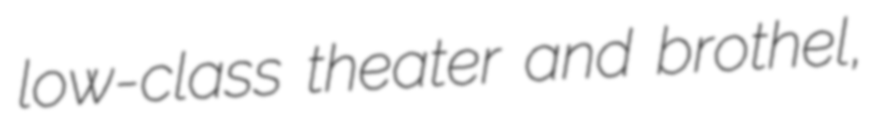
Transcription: low-class theater and brothel,